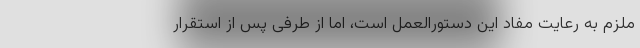
ملزم به رعایت مفاد این دستورالعمل است، اما از طرفی پس از استقرار